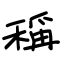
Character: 稱